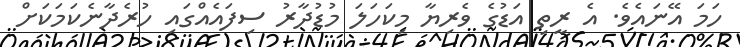
ހަމަ އޭނައެވެ. އެ ރީތި އަޑުގެ ވެރިޔާ މިކަހަލަ މުޑުދާރު ސިފައެއްގައި ހުރެދާނެކަމަކަށް